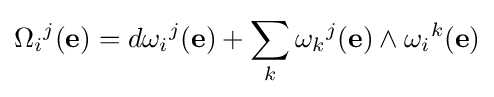
\Omega _{i}{}^{j}(\mathbf {e} )=d\omega _{i}{}^{j}(\mathbf {e} )+\sum _{k}\omega _{k}{}^{j}(\mathbf {e} )\wedge \omega _{i}{}^{k}(\mathbf {e} )